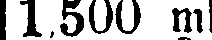
1,500 mk